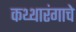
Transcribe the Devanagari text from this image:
कथ्थारंगाचे